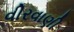
વીરવાણી